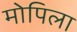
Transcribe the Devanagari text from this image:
मोपिला